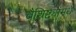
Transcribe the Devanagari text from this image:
वैशिष्ट्यांमधे